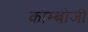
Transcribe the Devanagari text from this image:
काम्बोजी